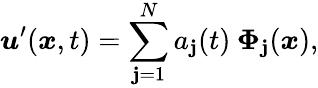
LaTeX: \boldsymbol{u}^{\prime}(\boldsymbol{x},t)=\sum_{\mathbf{j}=1}^{N}a_{\mathbf{j}}(t)\: \boldsymbol{\Phi}_{\mathbf{j}}(\boldsymbol{x}),